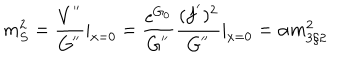
m _ { S } ^ { 2 } = \frac { V ^ { ' ^ { \prime } } } { G ^ { ' ^ { \prime } } } | _ { x = 0 } = \frac { \mathrm { e } ^ { G _ { 0 } } } { G ^ { ' ^ { \prime } } } \frac { ( f ^ { ' } ) ^ { 2 } } { G ^ { ' ^ { \prime } } } | _ { x = 0 } = \alpha m _ { 3 / 2 } ^ { 2 }